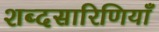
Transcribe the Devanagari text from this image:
शब्दसारिणियाँ